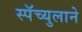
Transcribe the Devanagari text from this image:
स्पॅच्युलाने